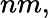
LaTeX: nm,